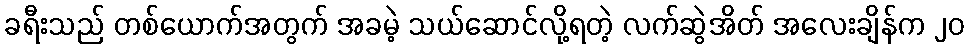
ခရီးသည် တစ်ယောက်အတွက် အခမဲ့ သယ်ဆောင်လို့ရတဲ့ လက်ဆွဲအိတ် အလေးချိန်က ၂၀